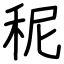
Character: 秜